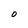
Character: 0